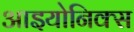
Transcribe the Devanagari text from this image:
आइयोनिक्स